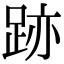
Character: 跡